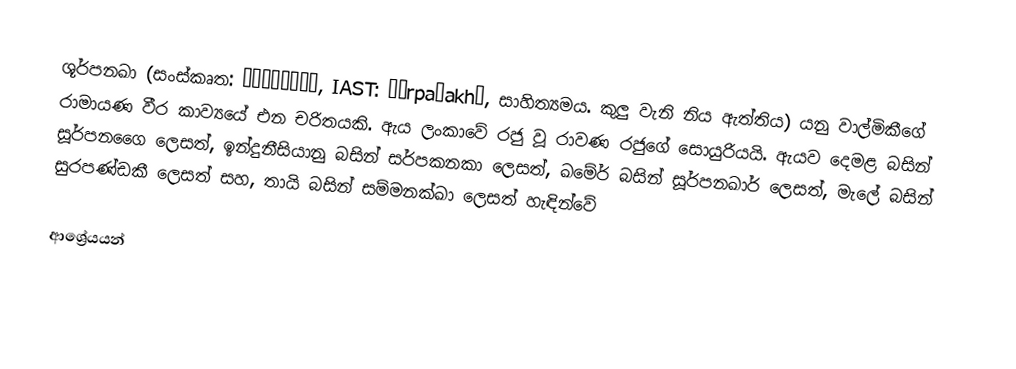
ශූර්පනඛා (සංස්කෘත: शूर्पणखा, IAST: śūrpaṇakhā, සාහිත්‍යමය. කුලු වැනි නිය ඇත්තිය) යනු වාල්මිකීගේ රාමායණ වීර කාව්‍යයේ එන චරිතයකි. ඇය ලංකාවේ රජු වූ රාවණ රජුගේ සොයුරියයි. ඇයව දෙමළ බසින් සූර්පනගෛ ලෙසත්, ඉන්දුනීසියානු බසින් සර්පකනකා ලෙසත්, ඛමේර් බසින් සූර්පනඛාර් ලෙසත්, මැලේ බසින් සුරපණ්ඩකී ලෙසත් සහ, තායි බසින් සම්මනක්ඛා ලෙසත් හැඳින්වේ

ආශ්‍රේයයන්